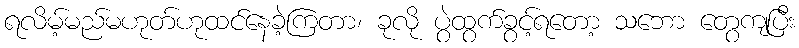
ရလိမ့်မည်မဟုတ်ဟုထင်နေခဲ့ကြတာ၊ ခုလို ပွဲထွက်ခွင့်ရတော့ သဘော တွေကျပြီး